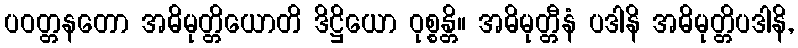
ပဝတ္တနတော အဓိမုတ္တိယောတိ ဒိဋ္ဌိယော ဝုစ္စန္တိ။ အဓိမုတ္တီနံ ပဒါနိ အဓိမုတ္တိပဒါနိ,